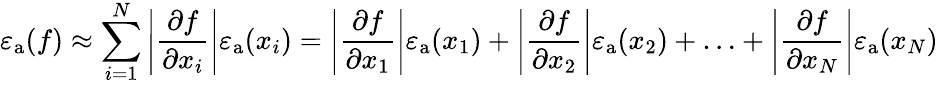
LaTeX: \varepsilon_{\mathrm{{a}}}(f)\approx\sum_{i=1}^{N}\left|{\frac{\partial f}{\partial x_{i}}}\right|\varepsilon_{\mathrm{{a}}}(x_{i})=\left|{\frac{\partial f}{\partial x_{1}}}\right|\varepsilon_{\mathrm{{a}}}(x_{1})+\left|{\frac{\partial f}{\partial x_{2}}}\right|\varepsilon_{\mathrm{{a}}}(x_{2})+\ldots+\left|{\frac{\partial f}{\partial x_{N}}}\right|\varepsilon_{\mathrm{{a}}}(x_{N})